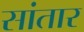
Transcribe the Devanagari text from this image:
सांतार